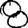
Digit: 8